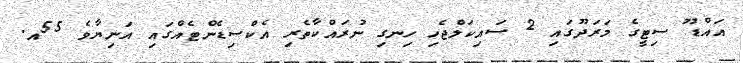
އައްްޑޫ ސިޓީގެ މަރަދޫގައި 2 ސައިކަލްޖެހި ހިނގި ނުރައްކާތެރި އެކްސިޑެންޓެއްގައި އަނިޔާވެ 55އ.